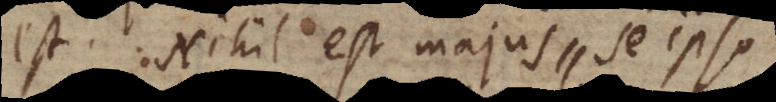
est. Nihil est majus se ipso,